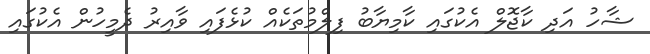
ޝާހު އަދި ކާޖޮލް އެކުގައި ކާމިޔާބު ފިލްމުތަކެއް ކުޅެފައި ވާއިރު ދެމީހުން އެކުގައި